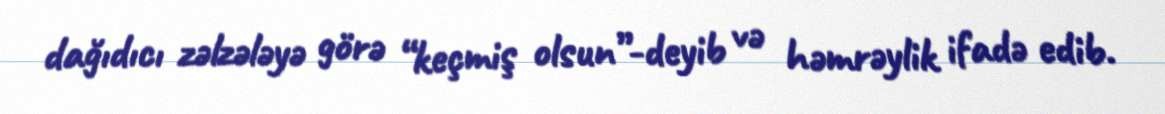
dağıdıcı zəlzələyə görə “keçmiş olsun”-deyib və həmrəylik ifadə edib.